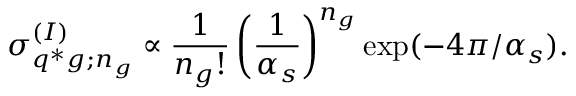
\sigma _ { q ^ { * } g ; n _ { g } } ^ { ( I ) } \propto \frac { 1 } { n _ { g } ! } \left( \frac { 1 } { \alpha _ { s } } \right) ^ { n _ { g } } \exp ( - 4 \pi / \alpha _ { s } ) .